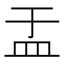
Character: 盂